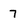
Character: 7